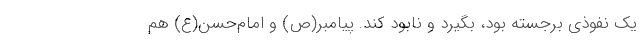
یک نفوذی برجسته بود، بگیرد و نابود کند. پیامبر(ص) و امام‌حسن(ع) هم